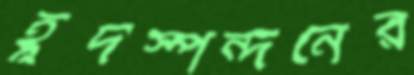
হূদস্পন্দনের